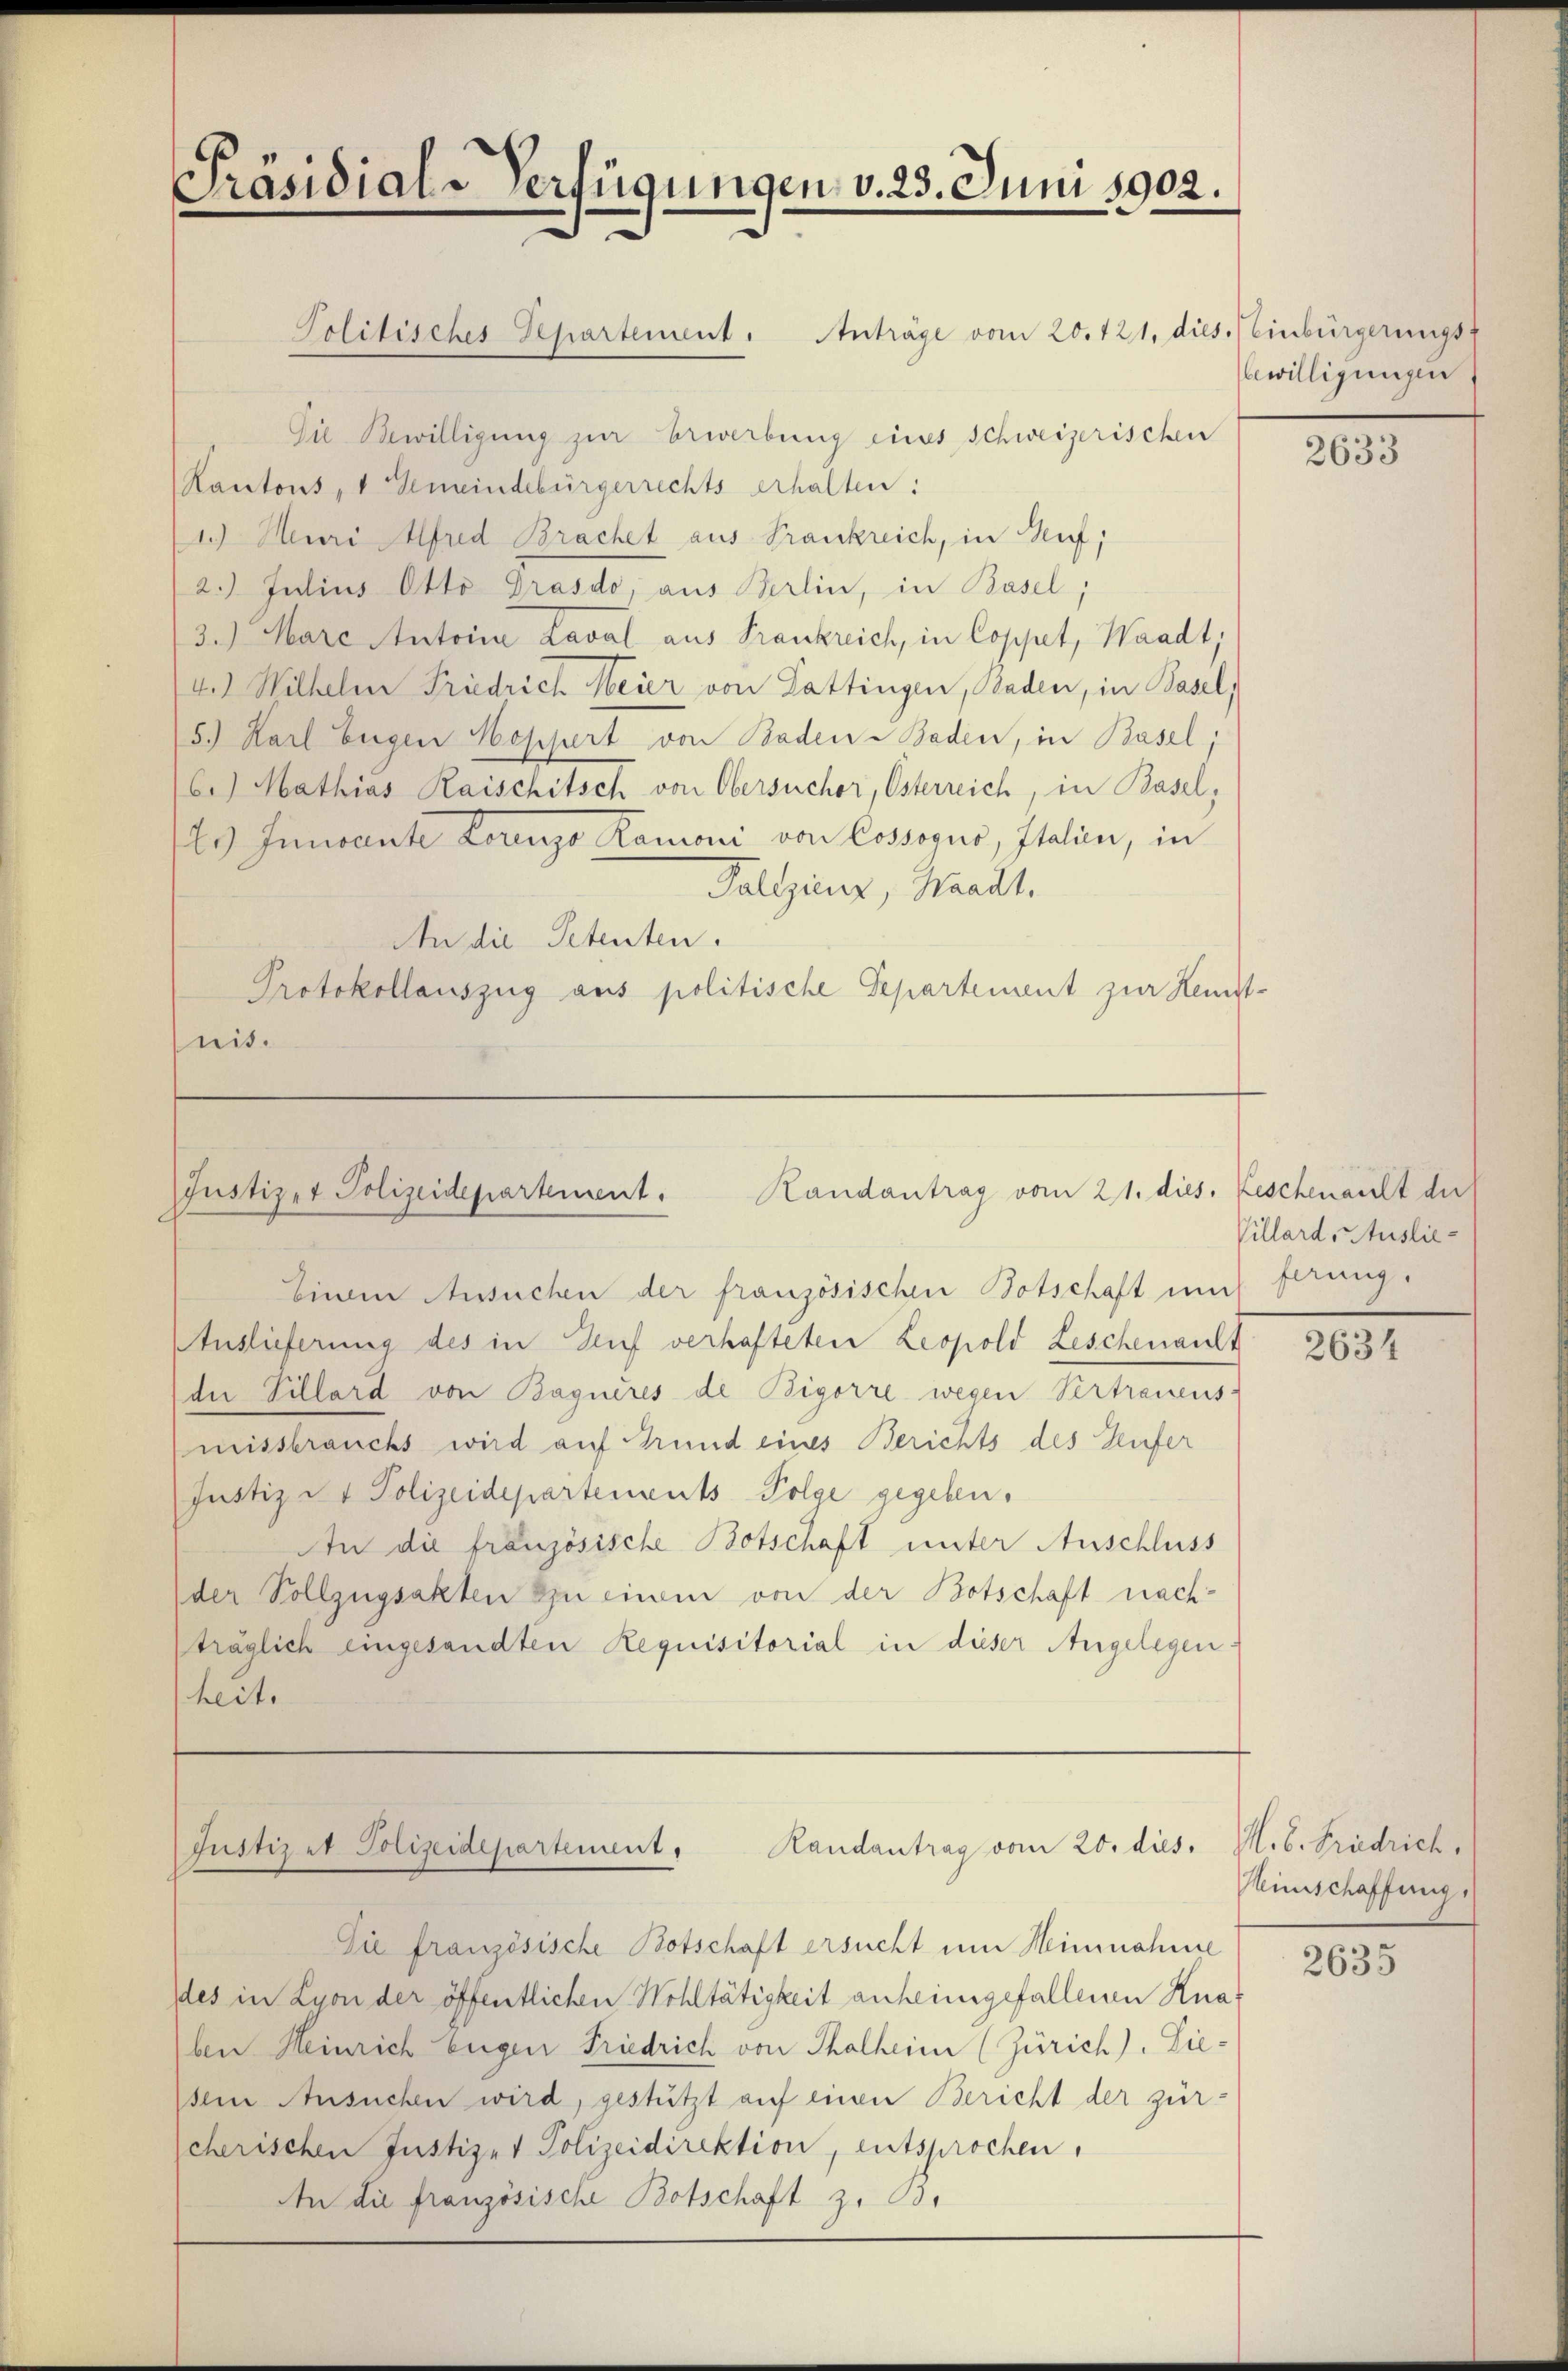
Präsidial-Verfügungen v. 23. Juni 1902.

Politisches Departement. Anträge vom 20. 121. dies. Einbürgerungs-
Die Bewilligung zur Erwerbung eines Schweizerischen
Kantons, v. Gemeindebürgerrechts erhalten:
1.) Meuri Alfred Brachet aus Frankreich, in Ruf,
2. Julius Otto Drasdo, aus Berlin, in Basel,
3.) Ware Antoine Laval aus Trankreich, in Coppet, Waadt,
4.) Wilhelm Friedrich Meier von Lattingen, Baden, in Basel,
5.) Karl Eugen Hoppert von Baden Baden, in Basel,
6.) Mathias Raischitsch von Obersucher, Osterreich, in Basel,
Es Invente Lorenzo Ramoni von Cossojuo, Italien, in
Taltzinz, Waadt,
An die Petenten.
Protokollauszug aus politische Separtement zur Kemtt-
nis.

Justizet Polizeidepartement. Handantrag vom 21. dies. Keschenault der

Einen Ansuchen der französischen Botschaft und
Auslieferung des in Genf verhafteten Leopold Leschenant
der Villard von Bagneres de Bigorre wegen Vertrauens-
missbrauchs wird auf Grund eines Berichts des Teufer
Justiz & Polizeidepartements Folge gegeben.
An die französische Botschaft unter Anschluss
der Vollzügsakten zu einem von der Botschaft nach-
träglich eingesandten Requisitorial in dieser Angelegenheit.

Randantrag vom 20. dies. M. B. Friedrich,
(Justiz et Polizeidepartement

Sie französische Botschaft ersucht um Meinnahme
des in Lyon der öffentlichen Wohltätigkeit anheimgefallenen Knaben Heinrich Eugen Friedrich von Thalheim (Zürich). Liesein Ansuchen wird, gestützt auf einen Bericht der zürcherischen Justiz- & Polizeidirektion, entsprochen,
An die französische Botschaft z. B.

bewilligungen.

2633

Villard, Auslieferung.

2634

Hinschaffung,

2635